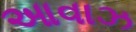
આવાઝ